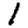
Digit: 1